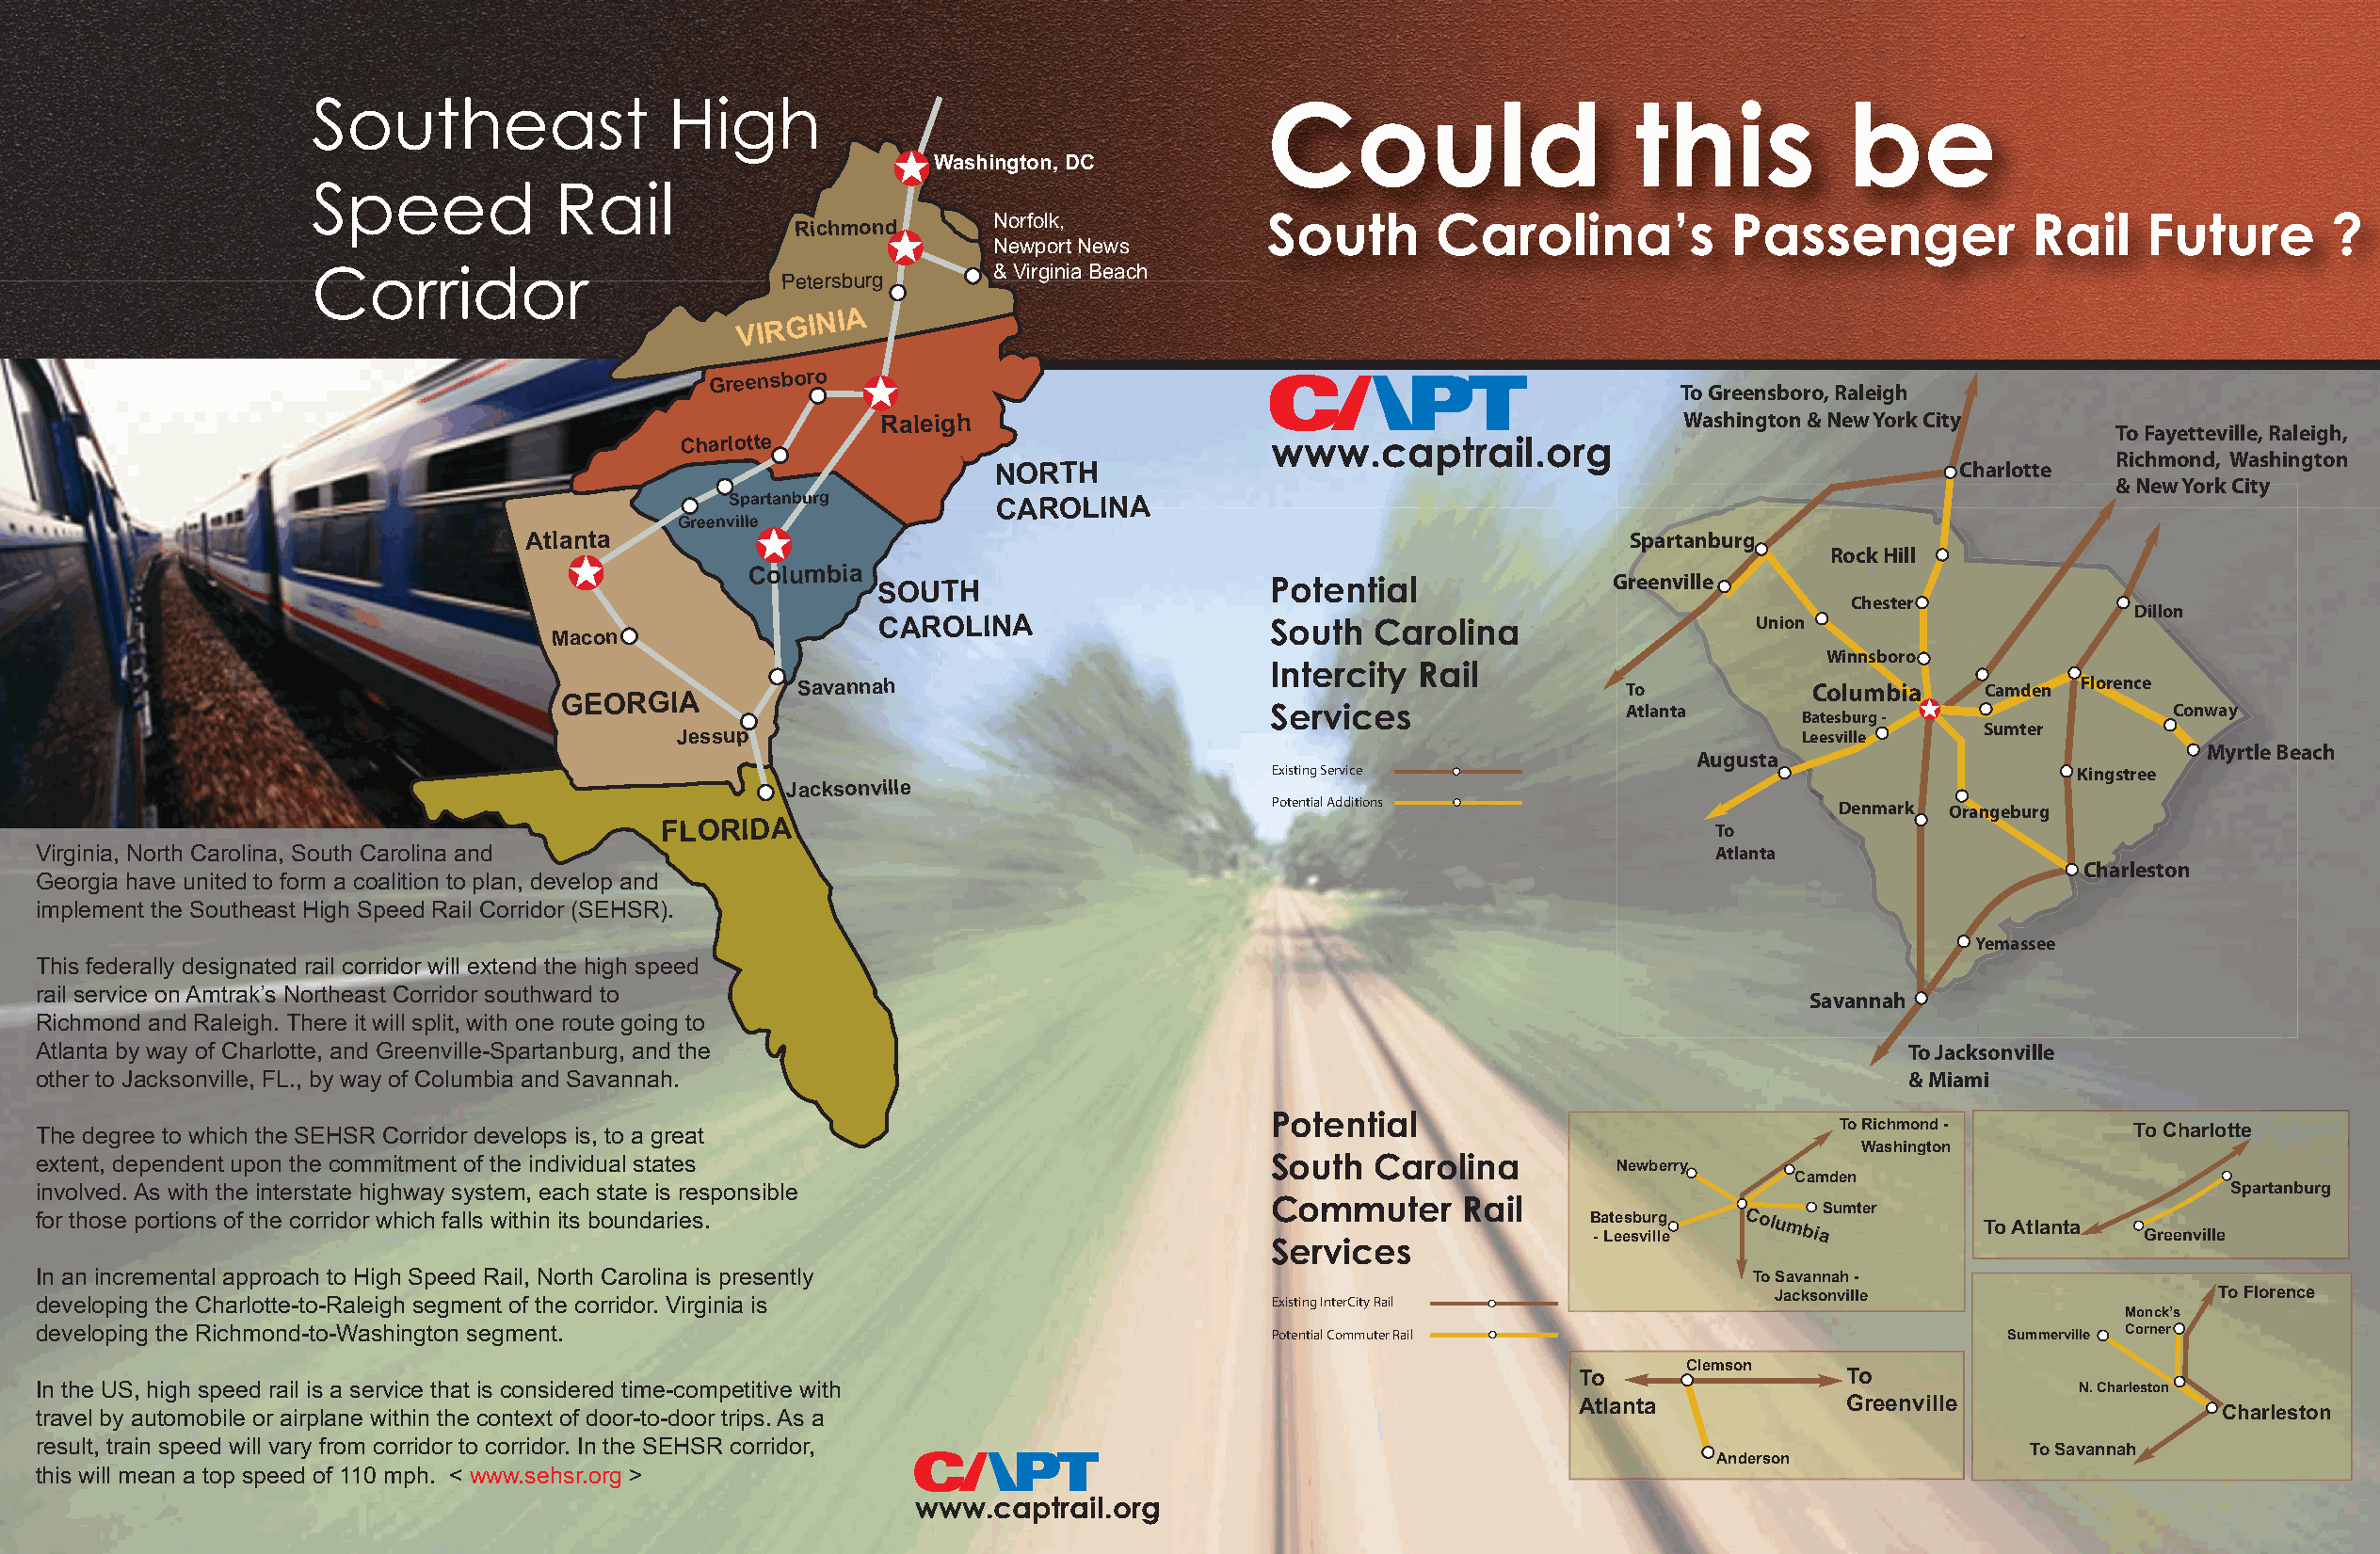
Southeast                High                                      Could                     this           be
 Washington, DC
 Speed            Rail
 Norfolk,           South       Carolina’s          Passenger             Rail    Future       ?
 Richmond
 Newport News
 Corridor                                        & Virginia Beach
 Petersburg
 VIRGINIA
 Greensboro
 To Greensboro, Raleigh
 Raleigh                                                 Washington & New York City
 To Fayetteville, Raleigh,
 Charlotte                                www.captrail.org
 Richmond, Washington
 NORTH                                                               Charlotte
 & New York City
 Spartanburg        CAROLINA
 Greenville
 Atlanta                                                                      Spartanburg
 Rock Hill
 Columbia
 SOUTH                       Potential               Greenville
 Chester
 Dillon
 CAROLINA                   South  Carolina                   Union
 Macon
 Winnsboro
 Intercity Rail
 Savannah                                                  To           Columbia    Camden Florence
 GEORGIA
 Services                 Atlanta                                Conway
 Batesburg -
 Sumter
 Jessup                                                                         Leesville
 Myrtle Beach
 Augusta
 Existing Service                                         Kingstree
 Jacksonville
 Potential Additions                     Denmark Orangeburg
 FLORIDA
 To
 Virginia, North Carolina, South Carolina and                                                                          Atlanta
 Charleston
 Georgia have united to form a coalition to plan, develop and
 implement the Southeast High Speed Rail Corridor (SEHSR).
 Yemassee
 This federally designated rail corridor will extend the high speed
 rail service on Amtrak’s Northeast Corridor southward to
 Savannah
 Richmond and Raleigh. There it will split, with one route going to
 Atlanta by way of Charlotte, and Greenville-Spartanburg, and the                                                                    To Jacksonville
 other to Jacksonville, FL., by way of Columbia and Savannah.                                                                        & Miami
 Potential
 The degree to which the SEHSR Corridor develops is, to a great                                                                 To Richmond -        To Charlotte
 Washington
 extent, dependent upon the commitment of the individual states                         South  Carolina         Newberry
 Camden
 involved. As with the interstate highway system, each state is responsible                                                                                 Spartanburg
 Commuter      Rail
 Sumter
 for those portions of the corridor which falls within its boundaries.                                         B
 -
 a Lt ee es sb vu ir llg
 e
 Columbia
 To Atlanta
 Greenville
 Services
 In an incremental approach to High Speed Rail, North Carolina is presently                                               To Savannah -
 Jacksonville                   To Florence
 developing the Charlotte-to-Raleigh segment of the corridor. Virginia is               Existing InterCity Rail
 Monck’s
 developing the Richmond-to-Washington segment.                                         Potential Commuter Rail                             Summerville Corner
 Clemson
 To                 To
 In the US, high speed rail is a service that is considered time-competitive with                                                                N. Charleston
 Atlanta            Greenville
 travel by automobile or airplane within the context of door-to-door trips. As a                                                                           Charleston
 result, train speed will vary from corridor to corridor. In the SEHSR corridor,                                                             To Savannah
 Anderson
 this will mean a top speed of 110 mph. < www.sehsr.org >
 www.captrail.org